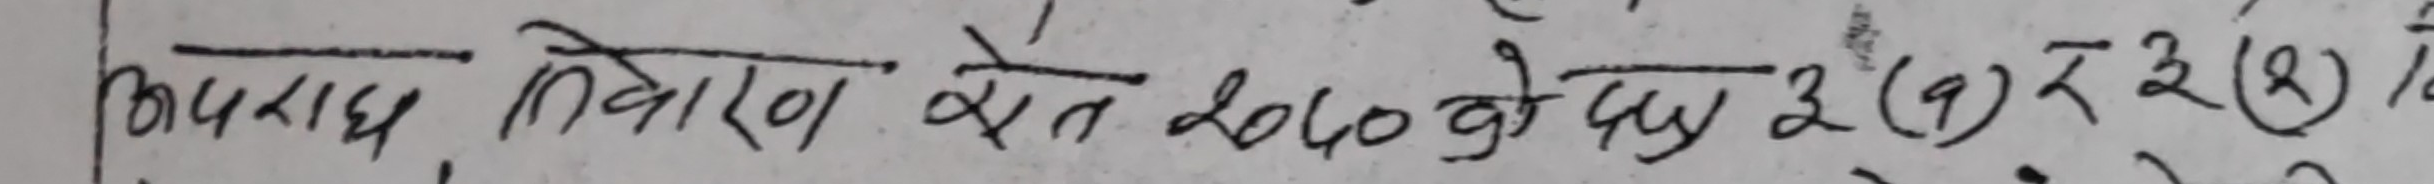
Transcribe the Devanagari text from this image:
अपराध निवारण खेत 2040 को दय 2 (9) र 2 (2) दे